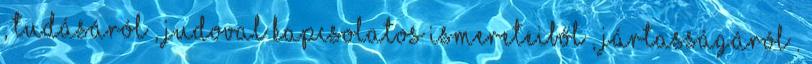
, tudásáról , judoval kapcsolatos ismereteiből , jártasságáról .